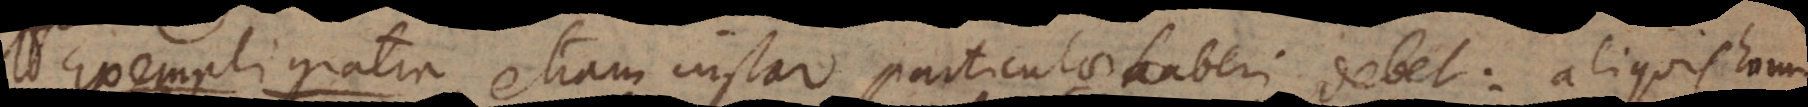
Exempli gratia etiam instar particulae haberi debet: a